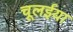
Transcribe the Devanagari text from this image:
चूलईया